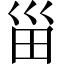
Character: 甾